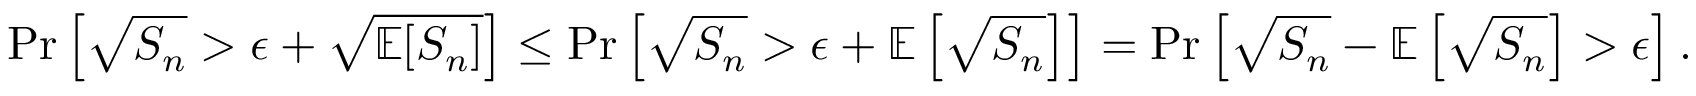
\operatorname* { P r } \left[ \sqrt { S _ { n } } > \epsilon + \sqrt { \mathbb { E } [ S _ { n } ] } \right] \le \operatorname* { P r } \left[ \sqrt { S _ { n } } > \epsilon + \mathbb { E } \left[ \sqrt { S _ { n } } \right] \right] = \operatorname* { P r } \left[ \sqrt { S _ { n } } - \mathbb { E } \left[ \sqrt { S _ { n } } \right] > \epsilon \right] .